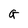
Character: G